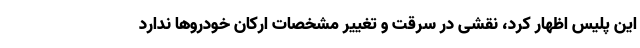
این پلیس اظهار کرد، نقشی در سرقت و تغییر مشخصات ارکان خودروها ندارد